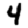
Digit: 4